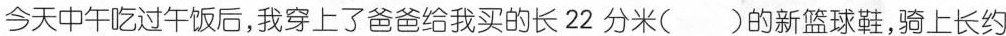
今天中午吃过午饭后，我穿上了爸爸给我买的长22分米( )的新篮球鞋，骑上长约